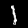
Digit: 1